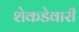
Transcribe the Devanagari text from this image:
शेकडेवारी